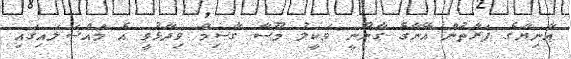
އާނިޔާގެ ފަރާތުން އޭނާގެ ގާނޫނީ ވަކީލު މޫސާ ގާސިމް ވިދާޅުވީ އެ މައްސަލައިގައި